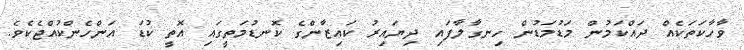
ވާހާކަތަކެއް ދައްކަމުން މަޑުމަޑުން ހިނގާލާފައި ދިޔައިރު ކައިޒާންގެ ކޮނޑުމަތީގައި އޮތީ ކުޑަ އަންހެންކުއްޖެކެވެ.